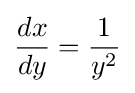
{\frac {dx}{dy}}={\frac {1}{y^{2}}}